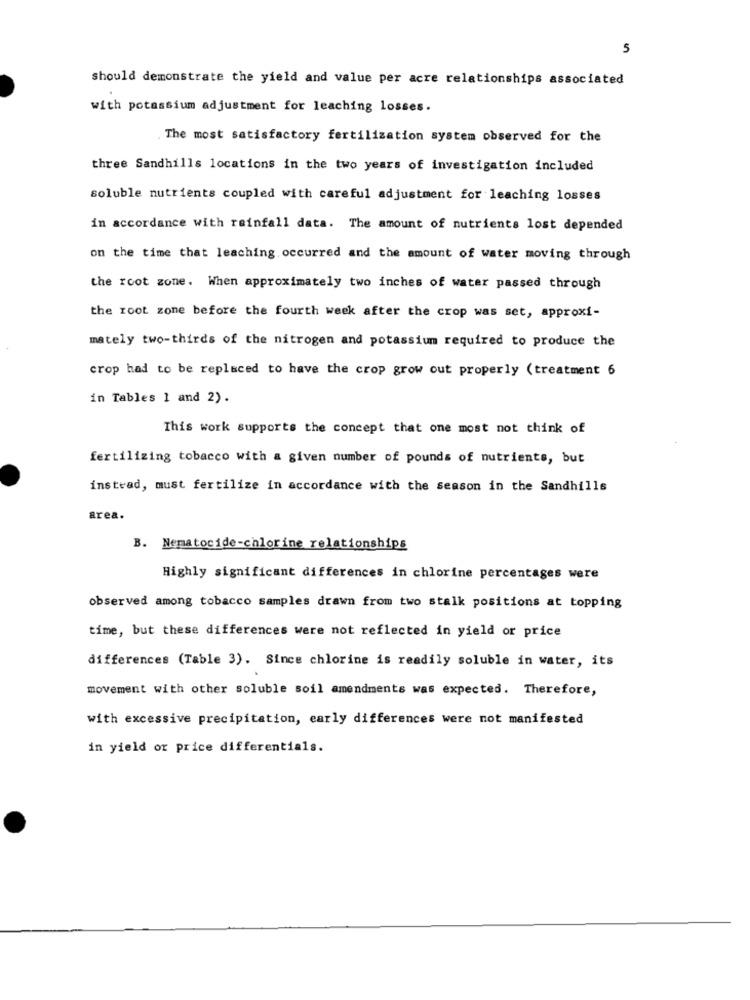
5
should demonstrate the yield and value per acre relationships associated
with potassium adjustment for leaching losses.
The most satisfactory fertilization system observed for the
three Sandhills locations in the two years of investigation included
soluble nutrients coupled with careful adjustment for leaching losses
in accordance with rainfall data. The amount of nutrients lost depended
on the time that leaching occurred and the amount of water moving through
the root zone. When approximately two inches of water passed through
the root zone before the fourth week after the crop was set, approxi-
mately two-thirds of the nitrogen and potassium required to produce the
crop had to be replaced to have the crop grow out properly (treatment 6
in Tables 1 and 2).
This work supports the concept that one most not think of
fertilizing tobacco with a given number of pounds of nutrients, but
instead, must fertilize in accordance with the season in the Sandhills
area.
B. Nematocide-chlorine relationships
Highly significant differences in chlorine percentages were
observed among tobacco samples drawn from two stalk positions at topping
time, but these differences were not reflected in yield or price
differences (Table 3). Since chlorine is readily soluble in water, its
movement with other soluble soil amendments was expected. Therefore,
with excessive precipitation, early differences were not manifested
in yield or price differentials.